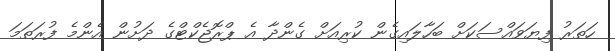
ހަތަރު ފިޔަވައްސަކަށް ބަހާލައިގެން ކުރިއަށް ގެންދާ އެ ޕްރޮޖެކްޓްގެ ދަށުން އެންމެ ފުރަތަމަ